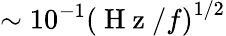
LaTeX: \sim 10^{-1}\left(\mathrm{~H~z~}/f\right)^{1/2}